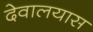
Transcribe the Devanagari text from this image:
देवालयास